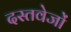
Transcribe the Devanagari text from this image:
दस्तवेजों